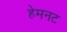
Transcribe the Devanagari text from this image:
हेमनट